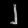
Digit: ၂